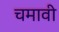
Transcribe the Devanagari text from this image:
चमावी